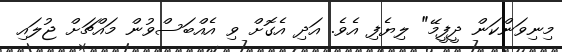
މިނިވަންކަން ދީފީމޭ" ލިޔެފި އެވެ. އަދި އެގޮށް ވި އެއްބަސްވުން މައްޗަށް ޖުލައި